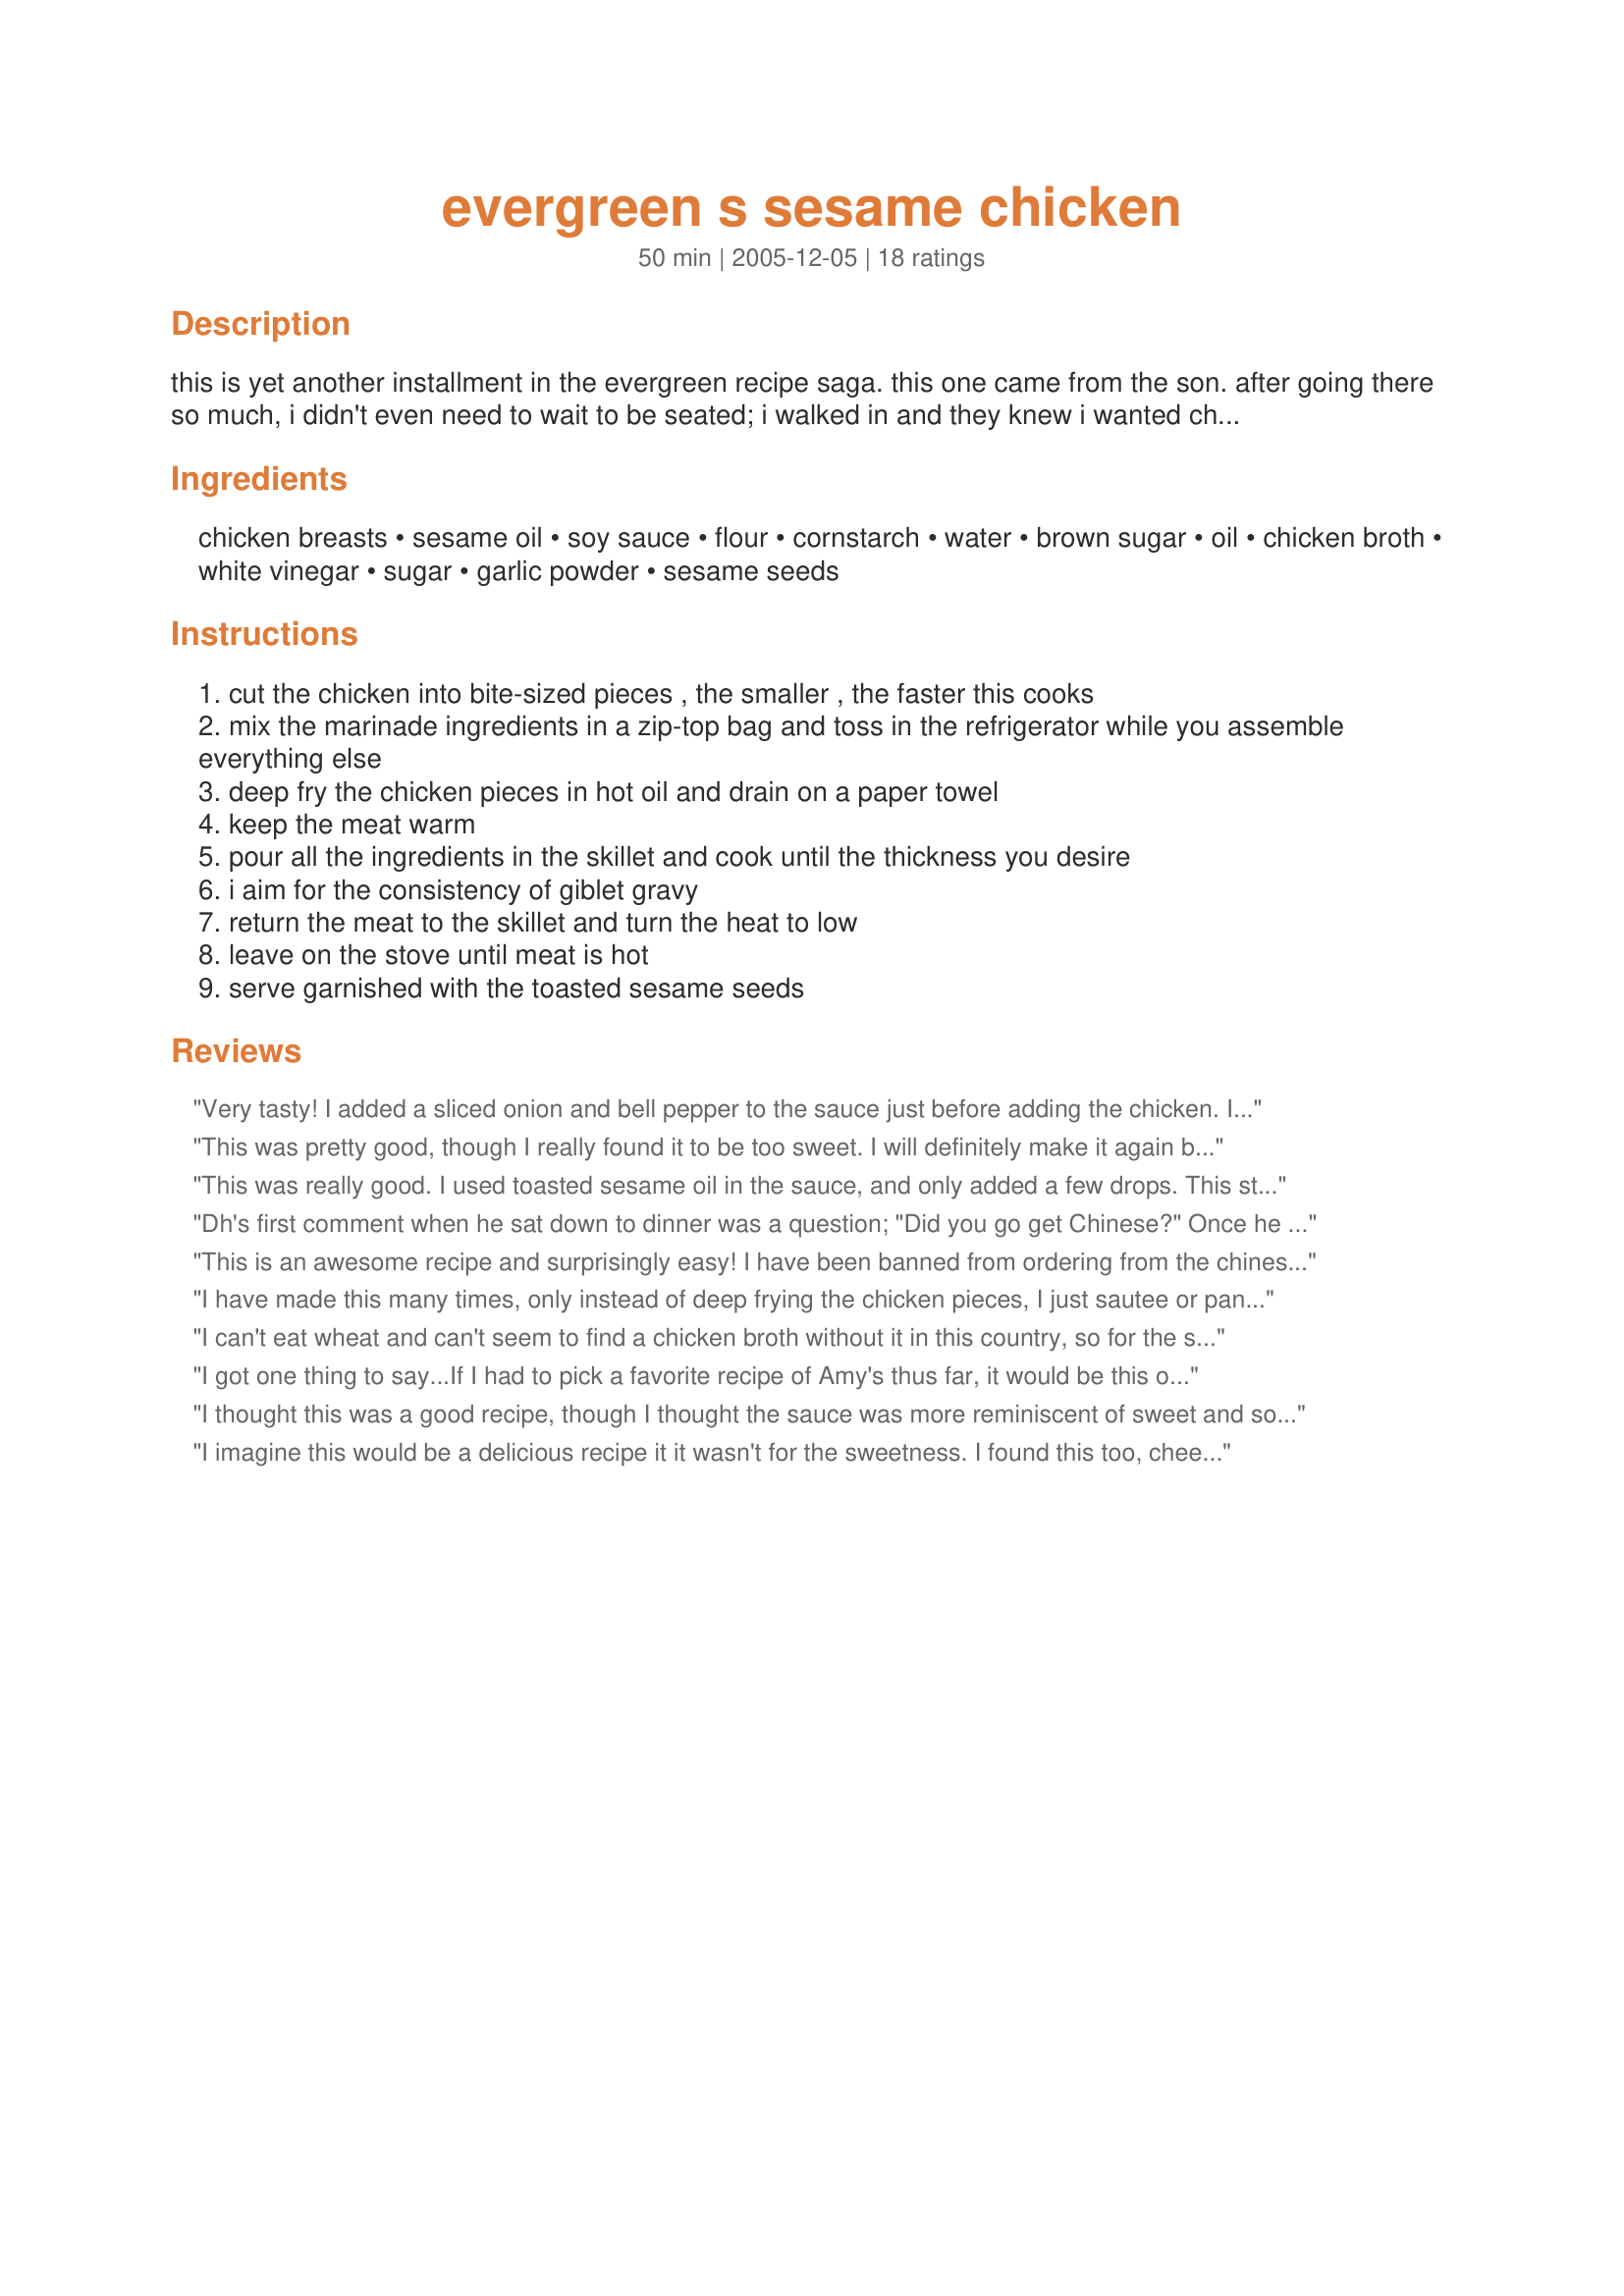
evergreen s sesame chicken
Preparation time: 50 minutes

this is yet another installment in the evergreen recipe saga. this one came from the son. after going there so much, i didn't even need to wait to be seated; i walked in and they knew i wanted chopsticks (not everyone can use them, you know), ice water, and the buffet. someone said they really like the sauce over rice-i think this one has plenty. it also freezes/reheats nicely for you omac people!
note: someone docked me a star (i think) because i didn't mention reduced sodium stuff. if you want, exchange whatever you can for low-sodium. also: this goes really fast if you assemble everything on your counter before you do this because after you start, it literally is a matter of a few minutes.

Ingredients:
chicken breasts, sesame oil, soy sauce, flour, cornstarch, water, brown sugar, oil, chicken broth, white vinegar, sugar, garlic powder, sesame seeds

Steps:
cut the chicken into bite-sized pieces , the smaller , the faster this cooks
mix the marinade ingredients in a zip-top bag and toss in the refrigerator while you assemble everything else
deep fry the chicken pieces in hot oil and drain on a paper towel
keep the meat warm
pour all the ingredients in the skillet and cook until the thickness you desire
i aim for the consistency of giblet gravy
return the meat to the skillet and turn the heat to low
leave on the stove until meat is hot
serve garnished with the toasted sesame seeds

Reviews:
Very tasty! I added a sliced onion and bell pepper to the sauce just before adding the chicken. I might try reducing the sugar to 3/4 cup at the suggestion of DH. This will definitely be a regular in my home.
This was pretty good, though I really found it to be too sweet. I will definitely make it again but with less sugar and the addition of some ginger. Thanks for the recipe!!
This was really good. I used toasted sesame oil in the sauce, and only added a few drops. This stuff is really stong, so I am guessing the sauce called for 2 TB of the light sesame oil. I cut down the sugar to a little over 1/2 cup, and that was plenty sweet. I added a pinch of ground ginger and red pepper flakes for some heat.
Dh's first comment when he sat down to dinner was a question; "Did you go get Chinese?" Once he tasted it he said, "This is better than take-out." I agree. I made half a base/chicken recipe with a full sauce recipe.In an attempt to make this wonderful dish a bit healthier, I did cut the sugar in the sauce in half and next time I'll probably use 1/4 of the called for amount. The sauce is beautiful, delicious and there's plenty of it. The extra half a recipe I made will be used as a dip later on this week or I'll freeze it for use on rice at a future time. I didn't deep-fry the chicken, I just sauteed it in about 1 1/2T olive oil. It still developed a nice crust and excellent flavor.
This is an awesome recipe and surprisingly easy! I have been banned from ordering from the chinese place. I cut the sugar in half, used rice vinegar, fresh ginger and a clove of garlic. Place on top of jasime rice and steamed broccoli. Voila! I will definitely use this recipe again in the near future.
I have made this many times, only instead of deep frying the chicken pieces, I just sautee or pan fry them on the stove top. If guests are coming, I bake a batch of egg rolls, or whip up a batch of Rice A Roni's Fried Rice, and serve everything with steamed veggies, and extra sesame sauce. Everyone thinks it took me hours to make this dinner, when the hardest part was cutting the chicken into bite sized pieces! The best part is that everything can be done ahead, and just reheated. We also made this recipe with shrimp and beef cubes, neither of which we fried. We just marinated them in the oils and sauces.

I can't eat wheat and can't seem to find a chicken broth without it in this country, so for the sauce I had to use water instead (1 cup instead of 1.5 water + broth). I added some pepper and chili paste and reduced the sugar to about half a cup. It still came out pretty good! I've been craving some good, American-style Chinese food for a while and this hit the spot. I hope next time I can make it with the proper ingredients.
I got one thing to say...If I had to pick a favorite recipe of Amy's thus far, it would be this one! I served this over rice, and the sesame seeds did tone down the sweetness a bit. I know because I forgot to add them with my first helping. Still, I had reduced the sugar to 3/4 cup due to other reviews. It may be a little better with their suggestion of a half of cup. I do want to help another reviewer that has a problem with whether or not to put the chicken in the marinade. I struggled with that because it wasn't stated. I let common sense take the lead and did put them together for about 5 minutes before frying. It worked wonderfully. I think sometimes I will marinade the chicken and just cook it up and eat them as nuggets! Dh and I had a hard time staying out of the pan before it was served. Thanks to Amy for a WONDERFUL recipe!!! Always, Remembering Amy!
I thought this was a good recipe, though I thought the sauce was more reminiscent of sweet and sour than a sesame chicken sauce. Making it again, I would cut the sugar a good bit.
I imagine this would be a delicious recipe it it wasn't for the sweetness. I found this too, cheek suckingly sweet. I'm tempted to make it again and quarter the sugar. While tasting it during cooking and tasting the sweetness, I added worcestershire sauce and a little malt vinegar to help stave off the sweet and it added a nice savoury aspect to the dish :).
We loved this! Didn't think it was too sweet at all. This is a great do-ahead meal for me. In the morning, I mixed up the marinade ingredients, added the chicken, and put it in the fridge along with a separate bowl with all of the sauce's wet ingredients. Mixed the sauce's dry ingredients in a plastic storage bowl. That night, I quickly fried the chicken then poured the two bowls of marinade ingredients in the skillet, added the chicken, and dinner was ready in a flash! Didn't have rice, but served with recipe#200730, and everyone loved the sesame chicken sauce on the potatoes. Didn't have sesame seeds, but it was great without them. Will definitely be making this again---thanks for posting! Made for 2008 All New Zaar Cookbooks Tag.
Wow! I was extremely pleased with this dish! All my kids loved it. Will keep on my regular meal rotation! Thanks
I thought this was great! I did add onions and snow peas and topped with chopped green onion, just because I like them! Sweetness was fine for me! God bless you, you will always be remembered by your Food Net family and countless others!
I love this so much! I have added some ginger and red pepper flakes because I love a little more heat.
We tried this and were amazed. I would be hard pressed to find a better chinese style sauce. Way better than anything you would get ina restuarant.
We have also sevred this sauce with Pork (I did add about 1 1/2 tablespoon red pepper flakes to this) and Shrimp (added some pineapple chunks to this), was wonderful on both. This recipe has made it in to our regular rotation of dinners. Thank you.
This dish was very good, and after reading anothers review I did cut back on the sugar alightly. After cutting up the chicken, the recipe came together rather quickly, and was delicious. Easy enough to put together on a weeknight! I served over rice and enjoyed this alot. Thank you RE, and I will be making this again. :) Hope you are feeling better soon.
Fine recipe. I used 1/2 cup sugar after reading the reviews and thought it worked well. Might try it with some red pepper next time to get a little kick. Perhaps there is a difference across the country in the type of sesame chicken available at Chinese restaurants, but this did not come out even remotely like the sesame chicken we get around here. The recipe is good, but it was not restaurant or take-out quality as suggested.
Awesome. I love cooking asian food and this is one of the best. I'm so glad I tried this one. Thanks.....Stephanie
